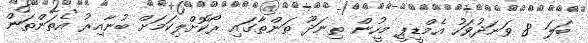
ބަލަ 8 ވަނަދުވަހު އެމްޑީޕީ މީހުން ތިނަދޫ ތަންތާގައި ރޯކޮށްލިކަމަށް ބުނާއިރު އެތަންތަން